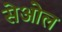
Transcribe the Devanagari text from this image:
सेओल